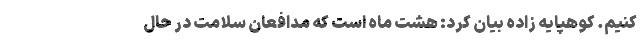
کنیم. کوهپایه زاده بیان کرد: هشت ماه است که مدافعان سلامت در حال